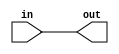
module top_module( input in, output out );
assign out = in; 
  //wire is directional, this means information flows in only one direction, from (usually one) source to the sinks
endmodule